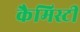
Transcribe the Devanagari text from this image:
कैमिस्टी